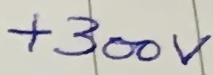
Text: +300V